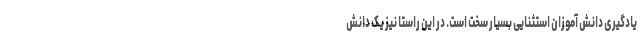
یادگیری دانش آموزان استثنایی بسیار سخت است. در این راستا نیز یک دانش